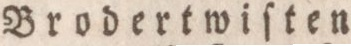
Brodertwiſten